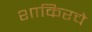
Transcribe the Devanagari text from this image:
शाकिरचे